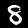
Label: 8